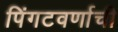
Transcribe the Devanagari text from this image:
पिंगटवर्णाची